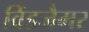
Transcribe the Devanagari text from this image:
विंडजैमर